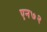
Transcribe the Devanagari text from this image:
एन७२